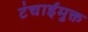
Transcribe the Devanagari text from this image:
टंचाईमुक्त